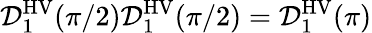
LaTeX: \mathcal{D}_{1}^{\mathrm{HV}}(\pi/2)\mathcal{D}_{1}^{\mathrm{HV}}(\pi/2)=\mathcal{D}_{1}^{\mathrm{HV}}(\pi)